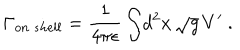
{ \Gamma _ { o n \ s h e l l } } = { \frac { 1 } { 4 \pi \epsilon } } \int \! d ^ { 2 } x \, \sqrt { g } \, V ^ { \prime } \ .